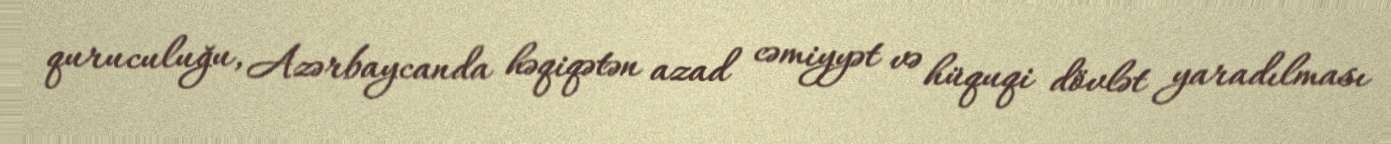
quruculuğu, Azərbaycanda həqiqətən azad cəmiyyət və hüquqi dövlət yaradılması